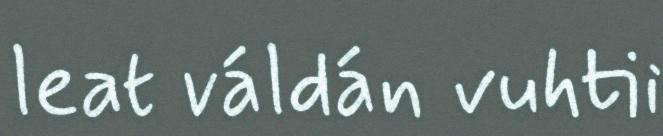
leat váldán vuhtii